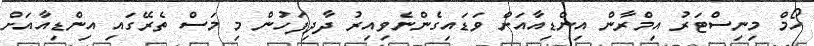
ހޯމް މިނިސްޓަރު އިމްރާން އިންޑިއާއަށް ވަޑައިގެންނެވިއިރު ދާދިފަހުން މި މަސް ތެރޭގައި އިންޑިއާއަށް